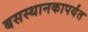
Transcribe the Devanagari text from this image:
बसस्थानकापर्यंत